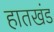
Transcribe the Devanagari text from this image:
हातखंड